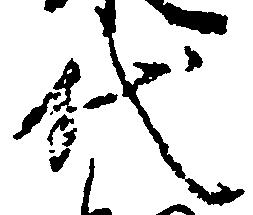
代